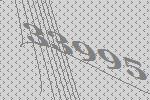
33995